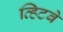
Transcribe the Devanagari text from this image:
व्हिटबे